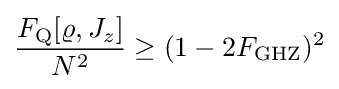
{\frac {F_{\rm {Q}}[\varrho ,J_{z}]}{N^{2}}}\geq (1-2F_{\rm {GHZ}})^{2}